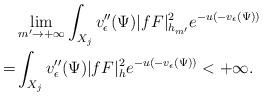
LaTeX: \begin{align*}&\lim_{m'\to+\infty}\int_{X_j}v''_{\epsilon}(\Psi)|fF|^2_{h_{m'}} e^{-u(-v_{\epsilon}(\Psi))}\\=&\int_{X_j}v''_{\epsilon}(\Psi)|fF|^2_h e^{-u(-v_{\epsilon}(\Psi))}<+\infty.\end{align*}